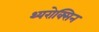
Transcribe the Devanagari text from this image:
थ्यरोक्सिन